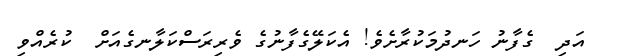
އަދި  ގެފާނު ހަނދުމަކުރާށެވެ! އެކަލޭގެފާނުގެ ވެރިރަސްކަލާނގެއަށް  ކުރެއްވި